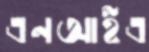
এনআইএ